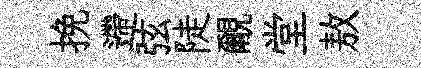
挽遰弦陡覼堂敖